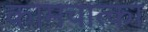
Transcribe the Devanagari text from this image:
कामचात्का